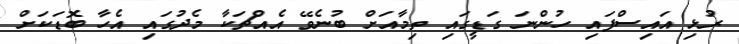
ރުޅި އައިސްފައި ހުންނަ ގަޑީގައި ތިމާއަށް ބުނެވޭ އެއްޗަކާ މެދުގައި އެހާ ބޮޑަކަށް